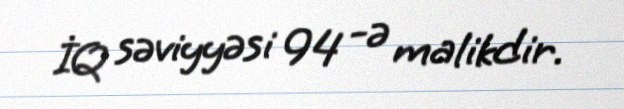
İQ səviyyəsi 94 -ə malikdir.